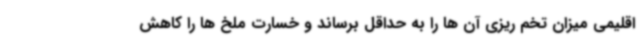
اقلیمی میزان تخم ریزی آن ها را به حداقل برساند و خسارت ملخ ها را کاهش